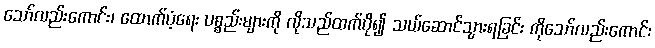
သော်လည်းကောင်း၊ ထောက်ပံ့ရေး ပစ္စည်းများကို လိုသည်ထက်ပို၍ သယ်ဆောင်သွားရခြင်း ကိုသော်လည်းကောင်း